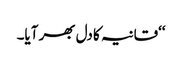
‘‘قانیہ کا دل بھر آیا۔